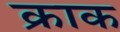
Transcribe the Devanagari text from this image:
क्राक